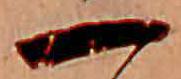
一